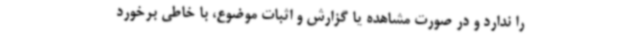
را ندارد و در صورت مشاهده یا گزارش و اثبات موضوع، با خاطی برخورد